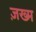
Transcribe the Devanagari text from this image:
ज़ख्‍म